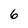
Character: 6